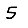
Digit: 5